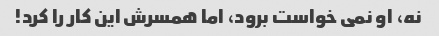
نه، او نمی خواست برود، اما همسرش این کار را کرد!